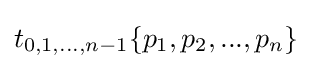
t_{0,1,...,n-1}\{p_{1},p_{2},...,p_{n}\}